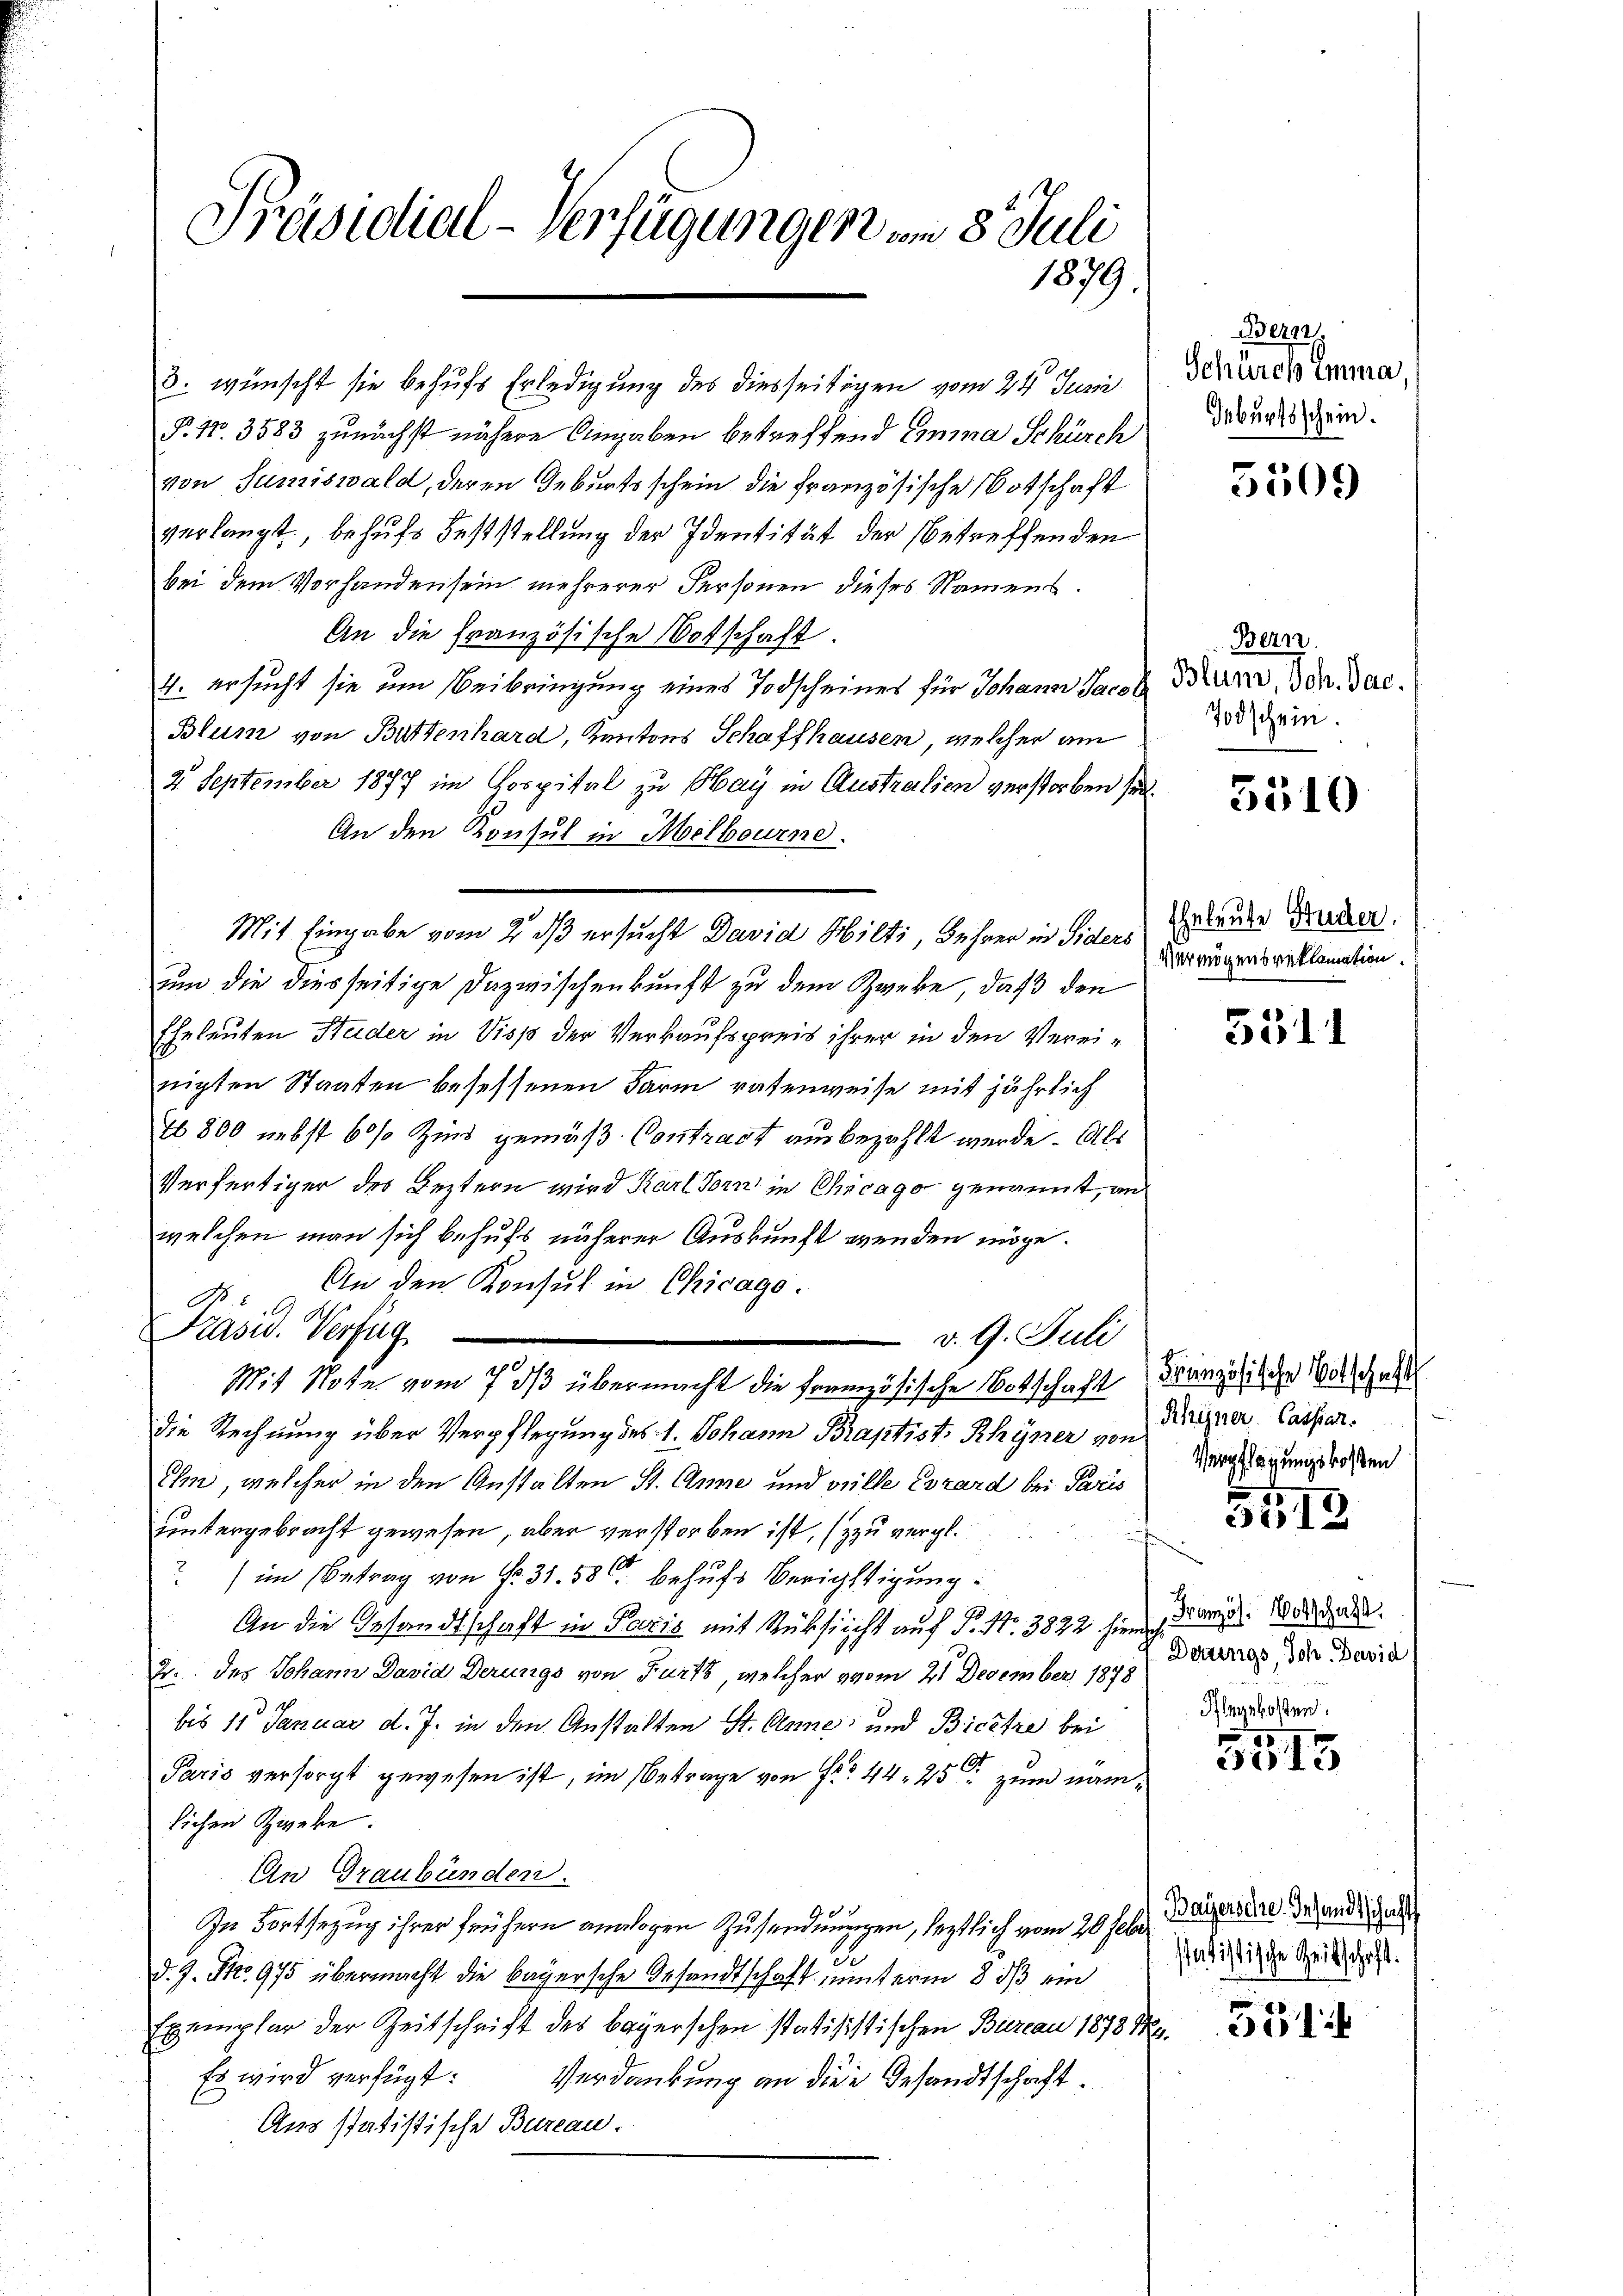
Präsidial-Verfügungen vom 8. Juli
1879

P. Nr. 3583 zunächst nähere Angaben betreffend einma Schürch
von Sumiswald, deren Geburtsschein die französische Botschaft
verlangt, behufs Feststellung der Identität der betreffenden
bei dem Vorhanden sein mehrerer Personen dieses Namens
An die französische Botschaft
4. ersucht sie um Beibringung eines Todscheines für Johann Jaco
Blum von Buttenhard, Kantons Schaffhausen, welcher am
2 September 1877 im Gospital zu Hay in Australien verstorben se
An den Konsul in Melbourne.
Mit Eingabe vom 2. ds ersucht David Hilti, Lehrer in Siders
uum die diesseitige Dazwischenkunft zu dem Zweke, daß den
Eheleuten Studer in Viss der Verkaufspreis ihrer in den Vereinigten Staaten besessenen Farm ratenweise mit jährlich
46800 nebst 60% Zins gemäß Contract ausbezahlt werde. Als
Verfertiger des Leztern wird Karl Torn in Chicago genannt, an
welchen man sich behufs näherer Auskunft wenden möge.
An den Konsul in Chicago.
N
Präsid. Verfüg
v. 9. Juli
Mit Note vom 7. ds übermacht die französische Botschaft
die Rechnung über Verpflegung des 1. Johann Braptist. Rhyner von
Ihn, welcher in den Anstalten St. Anne und ville Corard bei Paris
untergebracht gewesen, aber verstorben ist, (zzu vergl.
“ im Betrag von Fr. 31. 580 behufs Berichtigung
An die Gesandtschaft in Paris mit Rücksicht auf S. Nr. 3822 hier sei. Vorgane.
2. des Johann David Derungs von Furtz, welcher vom 21 December 1878
bis 11 Januar d. J. in den Anstalten St. Anne und Bicetze bei
Paris versorgt gewesen ist, im Betrage von Fr. 44. 25 zum nam
lichen Zweke:
An Graubünden.
In Fortsezug ihrer frühern analogen Zusendnungen, leztlich vom 20 sehr Beizerdar der endliches
e
d. J. No. 975 übermacht die bayersche Gesandtschaft unterm 8. ds ein
Exemplar der Zeitschrift des Bayerschen statisistischen Bureau 18784.
Es wird verfügt: Verdankung an diese Gesandtschaft¬
Aus statistische Bureau.

3. wünscht sie behufs Erledigung des diesseitigen vom 24. Juni

N 22
Schurch Emma,
Geburtsschein.

5509

Bern.
h Blum, Joh. Jac.
Todschein.

3510

Eheleute Studer,
Vermögensreklamation.

5311

Französische Notschaft
Rhyner. Cassar.
Verpflegungskosten

5512

Derungs, Joh. David
Ihlegekosten

5515

statistische Zeitschaft.

551